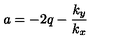
a = - 2 q - { \frac { k _ { y } } { k _ { x } } }